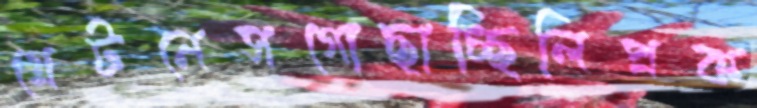
গ্রেটনেসগোছাচ্ছিলিপ্রক